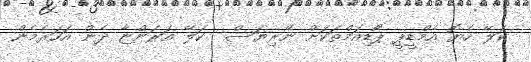
ކަލޭ ހެޔޮ އެމްޑީޕީ ޕޯޑިއަމްތަކަށް ނޭރިޔަސް  ކަލޭ އަރަންޏާ ދެން އަހަރެމެން